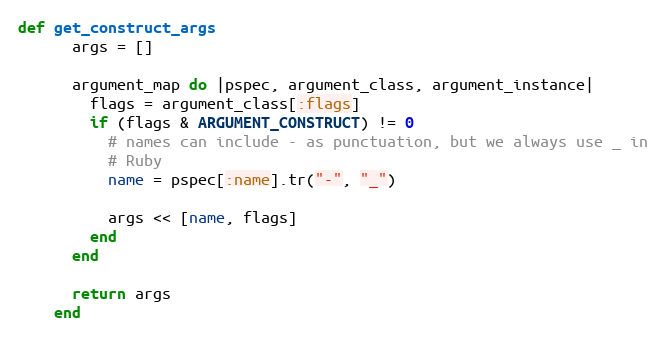
Language: Ruby
def get_construct_args
      args = []

      argument_map do |pspec, argument_class, argument_instance|
        flags = argument_class[:flags]
        if (flags & ARGUMENT_CONSTRUCT) != 0
          # names can include - as punctuation, but we always use _ in
          # Ruby
          name = pspec[:name].tr("-", "_")

          args << [name, flags]
        end
      end

      return args
    end